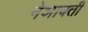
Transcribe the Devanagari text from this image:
नेञावती